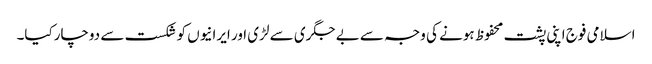
اسلامی فوج اپنی پشت محفوظ ہونے کی وجہ سے بے جگری سے لڑی اور ایرانیوں کو شکست سے دوچارکیا۔